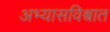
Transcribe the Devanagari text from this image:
अभ्यासविश्वात